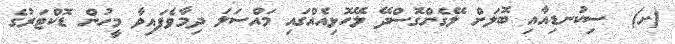
(ށ)  ސިކުނޑިއާއި ބޮލަށް ލޭގެންގޮސްދޭ ލޭހޮޅިއެއްގައި މައްސަލަ ދިމާވެފައިވާ މީހުން ޑޮކްޓަރުގެ